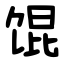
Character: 馄